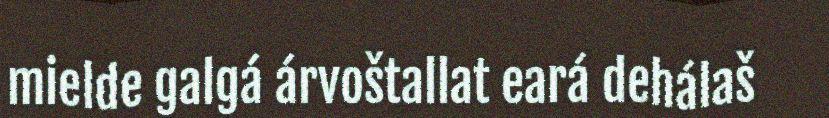
mielde galgá árvoštallat eará dehálaš